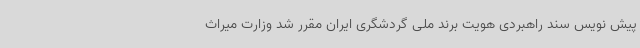
پیش نویس سند راهبردی هویت برند ملی گردشگری ایران مقرر شد وزارت میراث